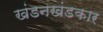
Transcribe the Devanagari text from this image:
खंडनखंडकार